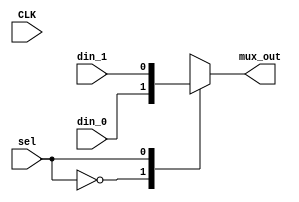
//////////////////////////////////////////////////////////////////////////////////
// Company: Pink
// Engineer: 
// 
// Module Name:    Test Bench ALU
// Project Name: 
//
// Revision 0.01 - File Created
// Additional Comments: 
//		//-----------------------------------------------------
//		// Design Name : mux_using_case
//		// File Name   : mux_using_case.v
//		// Function    : 2:1 Mux using Case
//		// Coder       : Deepak Kumar Tala
//		//-----------------------------------------------------
//
//////////////////////////////////////////////////////////////////////////////////


module  mux(
din_0      , // Mux first input
din_1      , // Mux Second input
sel           , // Select input
mux_out,   // Mux output
CLK
);
input din_0, din_1, sel ;
output mux_out;
reg  mux_out;
input CLK;
always @ (sel or din_0 or din_1)
begin : MUX
 case(sel ) 
    1'b0 : mux_out = din_0;
    1'b1 : mux_out = din_1;
 endcase 
end

endmodule